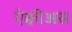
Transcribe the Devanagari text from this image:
ऐक्वीअस